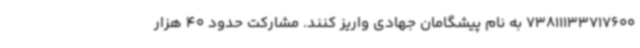
73811133717600 به نام پیشگامان جهادی واریز کنند. مشارکت حدود 40 هزار